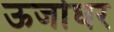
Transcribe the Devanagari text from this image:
ऊर्जाघर